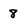
Character: 8